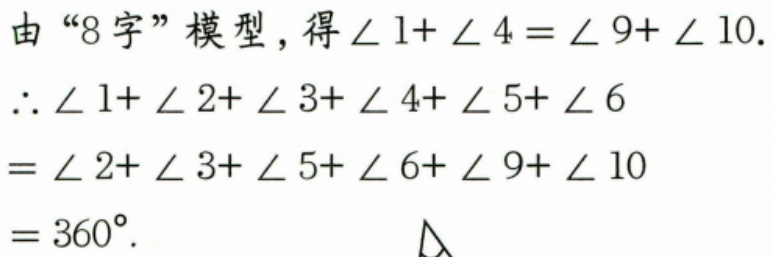
由“8字”模型，得$\angle 1+\angle 4=\angle 9+\angle 10.$
$\therefore \angle 1+\angle 2+\angle 3+\angle 4+\angle 5+\angle 6$
$=\angle 2+\angle 3+\angle 5+\angle 6+\angle 9+\angle 10$
$=360^{\circ}.$